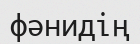
фәнидің